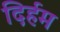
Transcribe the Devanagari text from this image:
दिर्हम